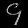
Digit: ၄